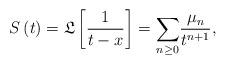
LaTeX: \begin{align*}S\left( t\right) =\mathfrak{L}\left[ \frac{1}{t-x}\right] ={\displaystyle\sum\limits_{n\geq0}}\frac{\mu_{n}}{t^{n+1}}, \end{align*}